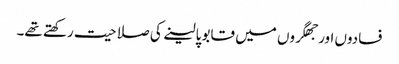
فسادوں اور جھگروں میں قابو پالینے کی صلاحیت رکھتے تھے۔